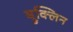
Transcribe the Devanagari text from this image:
ब्रुक्लिन